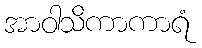
အာဝါသိကာကာရံ